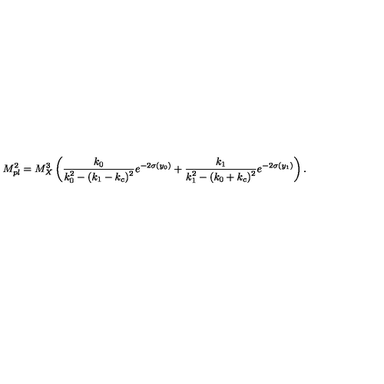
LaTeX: M _ { p l } ^ { 2 } = { M _ { X } ^ { 3 } } \left( { \frac { k _ { 0 } } { \displaystyle { k _ { 0 } ^ { 2 } - ( k _ { 1 } - k _ { c } ) ^ { 2 } } } } e ^ { - 2 \sigma ( y _ { 0 } ) } + { \frac { k _ { 1 } } { \displaystyle { k _ { 1 } ^ { 2 } - ( k _ { 0 } + k _ { c } ) ^ { 2 } } } } e ^ { - 2 \sigma ( y _ { 1 } ) } \right) . \,